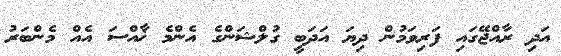
އަދި ރާއްޖޭގައި ފަރިވަމުން ދިޔަ އަދަބީ ގުލްޝަންގެ އެންމެ ޚާއްސަ އެއް މެންބަރު